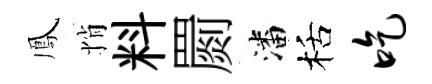
鳳悄料罽潘栝吃